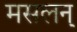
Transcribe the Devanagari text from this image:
मसलन्